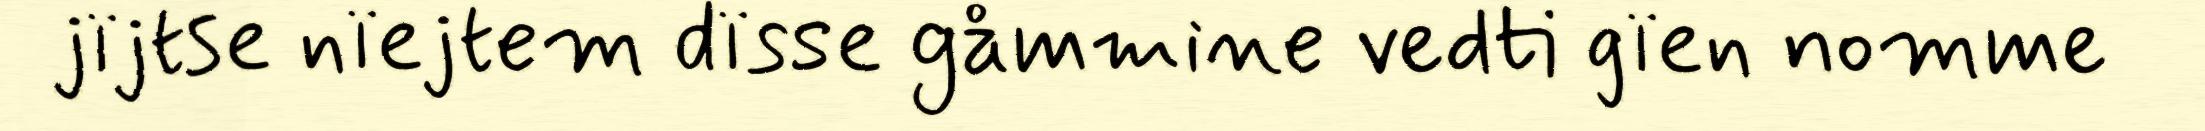
jïjtse nïejtem dïsse gåmmine vedti gïen nomme